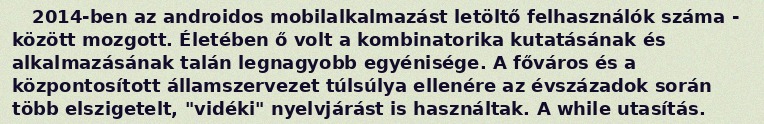
2014-ben az androidos mobilalkalmazást letöltő felhasználók száma - között mozgott. Életében ő volt a kombinatorika kutatásának és alkalmazásának talán legnagyobb egyénisége. A főváros és a központosított államszervezet túlsúlya ellenére az évszázadok során több elszigetelt, "vidéki" nyelvjárást is használtak. A while utasítás.